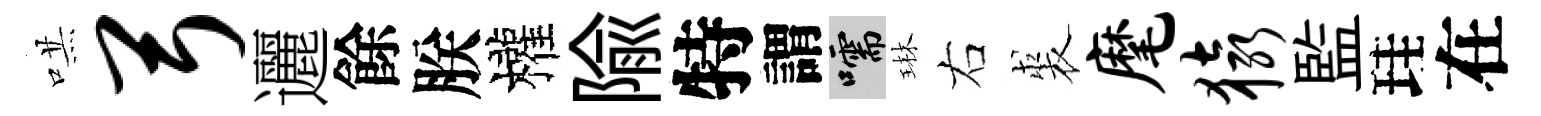
哄弓邐餘朕權隃特謂嚅琳右裘麾猿監珪在